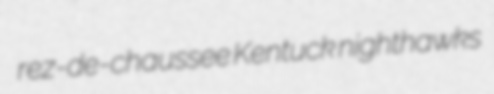
rez-de-chaussee Kentuck nighthawks